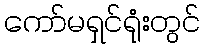
ကော်မရှင်ရုံးတွင်